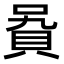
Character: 𧵞